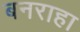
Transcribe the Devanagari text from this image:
बनराहा